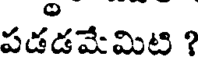
పడడమేమిటి ?